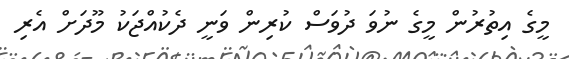
މީގެ އިތުރުން މީގެ ނުވަ ދުވަސް ކުރިން ވަނީ ދެކުއްޖަކު މޫދަށް އެރި